Bulletin of the Pasteur Institute of Southern India, Coonoor - No. 3.
Year: 1910
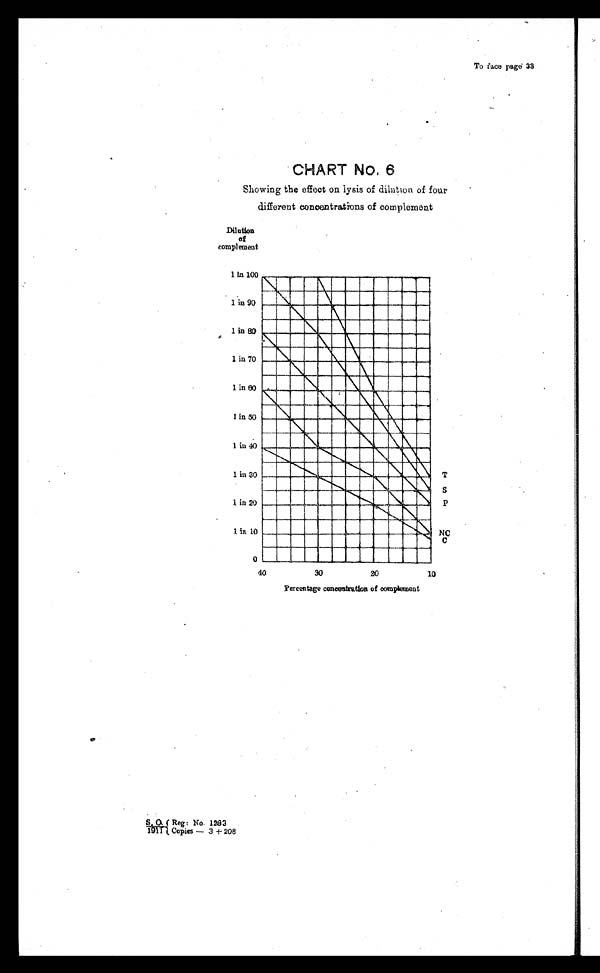
To face page 33
CHART No. 6
Showing the effect on lysis of dilution four
different concentrations of complement
1911 Reg : No. 1283
Copies — 3 + 208